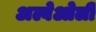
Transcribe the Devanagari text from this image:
अल्वेओली